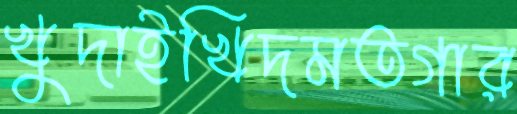
খুদাইখিদমতগার